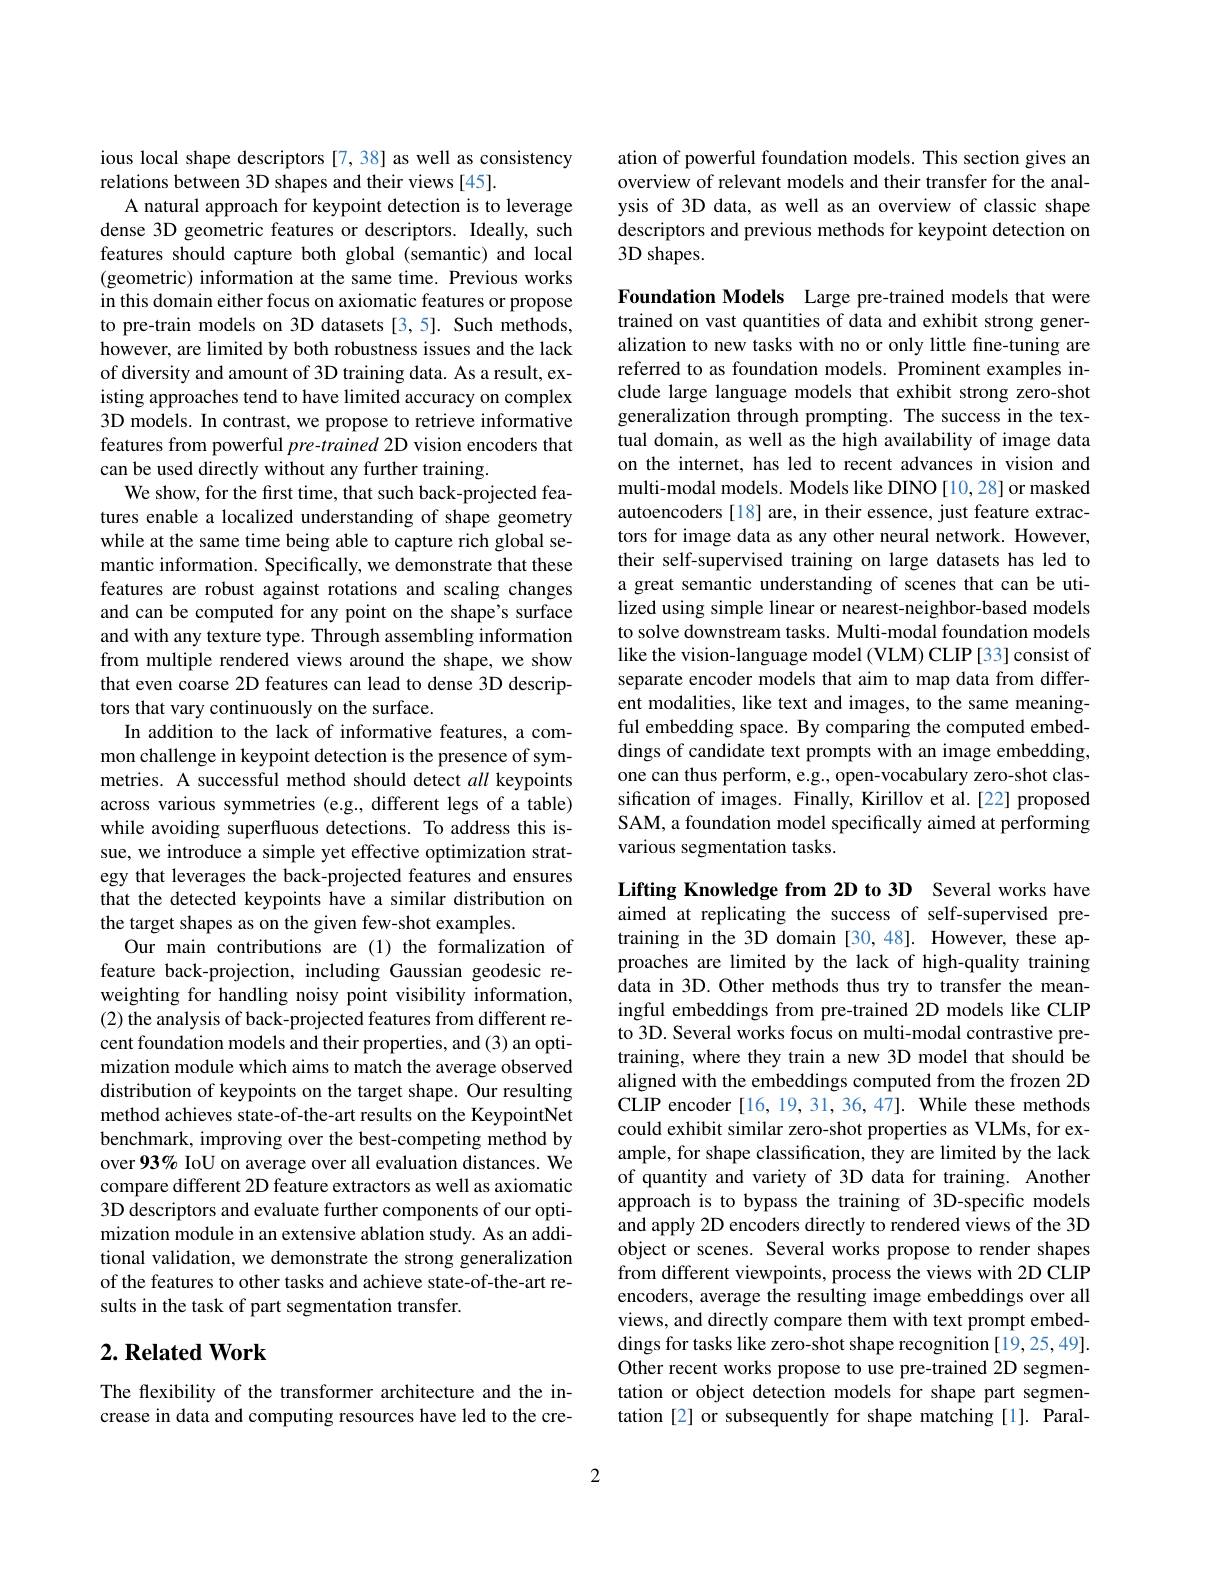
ious local shape descriptors [7,38] as well as consistency
relations between 3D shapes and their views [45].
A natural approach for keypoint detection is to leverage dense 3D geometric features or descriptors. Ideally, such features should capture both global (semantic) and local (geometric) information at the same time. Previous works in this domain either focus on axiomatic features or propose to pre-train models on 3D datasets [3,5]. Such methods, however, are limited by both robustness issues and the lack of diversity and amount of 3D training data. As a result, existing approaches tend to have limited accuracy on complex 3D models. In contrast, we propose to retrieve informative features from powerful pre-trained 2D vision encoders that can be used directly without any further training.
We show, for the first time, that such back-projected features enable a localized understanding of shape geometry while at the same time being able to capture rich global semantic information. Specifically, we demonstrate that these features are robust against rotations and scaling changes and can be computed for any point on the shape's surface and with any texture type. Through assembling information from multiple rendered views around the shape, we show that even coarse 2D features can lead to dense 3D descriptors that vary continuously on the surface.
In addition to the lack of informative features, a common challenge in keypoint detection is the presence of symmetries. A successful method should detect all keypoints across various symmetries (e.g., different legs of a table) while avoiding superfluous detections. To address this issue, we introduce a simple yet effective optimization strategy that leverages the back-projected features and ensures that the detected keypoints have a similar distribution on the target shapes as on the given few-shot examples.
Our main contributions are(1) the formalization of feature back-projection, including Gaussian geodesic reweighting for handling noisy point visibility information, (2) the analysis of back-projected features from different recent foundation models and their properties, and (3) an optimization module which aims to match the average observed distribution of keypoints on the target shape. Our resulting method achieves state-of-the-art results on the KeypointNet benchmark, improving over the best-competing method by over 93% IoU on average over all evaluation distances. We compare different 2D feature extractors as well as axiomatic 3D descriptors and evaluate further components of our optimization module in an extensive ablation study. As an additional validation, we demonstrate the strong generalization of the features to other tasks and achieve state-of-the-art results in the task of part segmentation transfer.

## $2. \textbf{Related Work}$

The flexibility of the transformer architecture and the increase in data and computing resources have led to the cre-

ation of powerful foundation models. This section gives an overview of relevant models and their transfer for the analysis of 3D data, as well as an overview of classic shape descriptors and previous methods for keypoint detection on 3D shapes.

Foundation Models Large pre-trained models that were trained on vast quantities of data and exhibit strong generalization to new tasks with no or only little fine-tuning are referred to as foundation models. Prominent examples include large language models that exhibit strong zero-shot generalization through prompting. The success in the textual domain, as well as the high availability of image data on the internet, has led to recent advances in vision and multi-modal models. Models like DINO [10,28] or masked autoencoders [18] are, in their essence, just feature extractors for image data as any other neural network. However, their self-supervised training on large datasets has led to a great semantic understanding of scenes that can be utilized using simple linear or nearest-neighbor-based models to solve downstream tasks. Multi-modal foundation models like the vision-language model (VLM) CLIP [33] consist of separate encoder models that aim to map data from different modalities, like text and images, to the same meaningful embedding space. By comparing the computed embeddings of candidate text prompts with an image embedding, one can thus perform, e.g., open-vocabulary zero-shot classification of images. Finally, Kirillov et al.[22] proposed SAM, a foundation model specifically aimed at performing various segmentation tasks.

Lifting Knowledge from 2D to 3D Several works have aimed at replicating the success of self-supervised pretraining in the 3D domain [30,48]. However, these approaches are limited by the lack of high-quality training data in 3D. Other methods thus try to transfer the meaningful embeddings from pre-trained 2D models like CLIP to 3D. Several works focus on multi-modal contrastive pretraining, where they train a new 3D model that should be aligned with the embeddings computed from the frozen 2D CLIP encoder [16, 19, 31, 36, 47]. While these methods could exhibit similar zero-shot properties as VLMs, for example, for shape classification, they are limited by the lack of quantity and variety of 3D data for training. Another approach is to bypass the training of 3D-specific models and apply 2D encoders directly to rendered views of the 3D object or scenes. Several works propose to render shapes from different viewpoints, process the views with 2D CLIP encoders, average the resulting image embeddings over all views, and directly compare them with text prompt embeddings for tasks like zero-shot shape recognition [19,25,49]. Other recent works propose to use pre-trained 2D segmentation or object detection models for shape part segmentation [2] or subsequently for shape matching [1]. Paral-

2